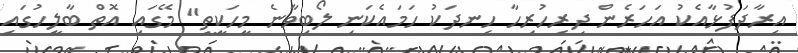
އިރާދަފުޅާއެކު އަހަރެން ދިރިހުރިހާ ހިނދަކު ހަމައެކަނި ލޯބިވާނެ މީހަކީތީ" މޭގައި އޮތް ބާލީހުގައި